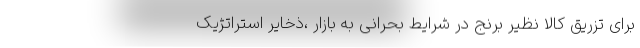
برای تزریق کالا نظیر برنج در شرایط بحرانی به بازار ،ذخایر استراتژیک